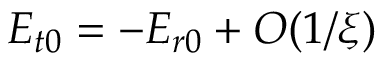
E _ { t 0 } = - E _ { r 0 } + O ( 1 / \xi )